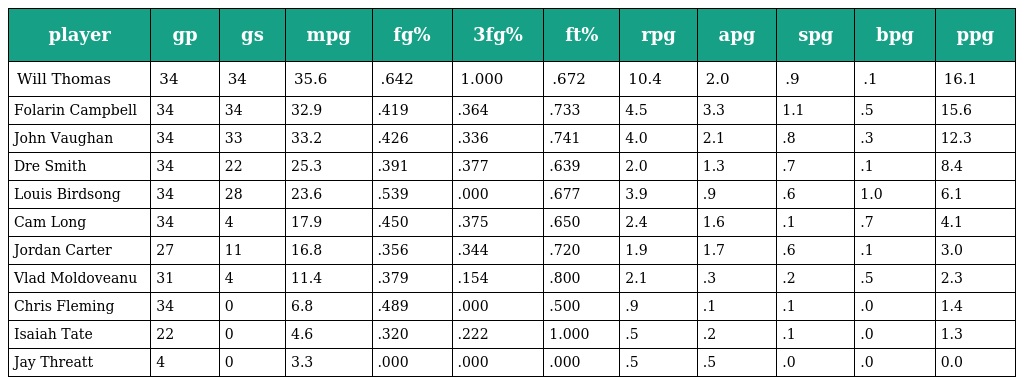
| player | gp | gs | mpg | fg% | 3fg% | ft% | rpg | apg | spg | bpg | ppg |
 | --- | --- | --- | --- | --- | --- | --- | --- | --- | --- | --- | --- |
 | Will Thomas | 34 | 34 | 35.6 | .642 | 1.000 | .672 | 10.4 | 2.0 | .9 | .1 | 16.1 |
 | Folarin Campbell | 34 | 34 | 32.9 | .419 | .364 | .733 | 4.5 | 3.3 | 1.1 | .5 | 15.6 |
 | John Vaughan | 34 | 33 | 33.2 | .426 | .336 | .741 | 4.0 | 2.1 | .8 | .3 | 12.3 |
 | Dre Smith | 34 | 22 | 25.3 | .391 | .377 | .639 | 2.0 | 1.3 | .7 | .1 | 8.4 |
 | Louis Birdsong | 34 | 28 | 23.6 | .539 | .000 | .677 | 3.9 | .9 | .6 | 1.0 | 6.1 |
 | Cam Long | 34 | 4 | 17.9 | .450 | .375 | .650 | 2.4 | 1.6 | .1 | .7 | 4.1 |
 | Jordan Carter | 27 | 11 | 16.8 | .356 | .344 | .720 | 1.9 | 1.7 | .6 | .1 | 3.0 |
 | Vlad Moldoveanu | 31 | 4 | 11.4 | .379 | .154 | .800 | 2.1 | .3 | .2 | .5 | 2.3 |
 | Chris Fleming | 34 | 0 | 6.8 | .489 | .000 | .500 | .9 | .1 | .1 | .0 | 1.4 |
 | Isaiah Tate | 22 | 0 | 4.6 | .320 | .222 | 1.000 | .5 | .2 | .1 | .0 | 1.3 |
 | Jay Threatt | 4 | 0 | 3.3 | .000 | .000 | .000 | .5 | .5 | .0 | .0 | 0.0 |